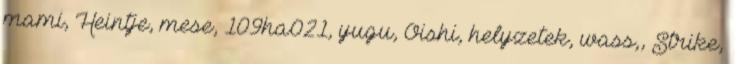
mami, Heintje, mese, 109ha021, yugu, Oishi, helyzetek, wass,, Strike,